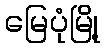
မြေပုံမြို့